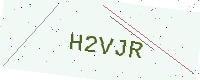
Text: H2VJR